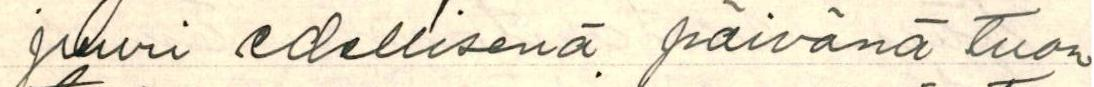
juuri edellisenä päivänä tuon